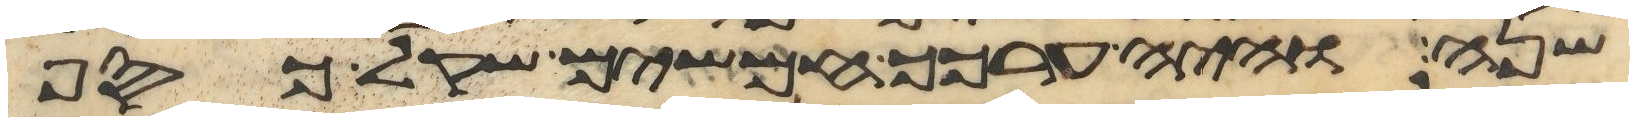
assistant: שנה והיה ערכך חמשים שקל כסף